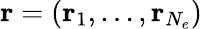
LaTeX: {\mathbf{r}}=({\mathbf{r}}_{1},\ldots,{\mathbf{r}}_{N_{e}})